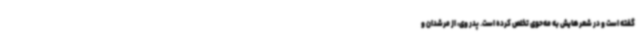
گفته است و در شعرهایش به مه‌حوی تخلص کرده است. پدر وی، از مرشدان و